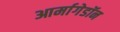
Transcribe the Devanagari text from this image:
आर्मागेडॉन